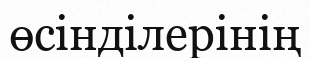
өсінділерінің